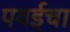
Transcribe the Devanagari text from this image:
पवईचा